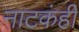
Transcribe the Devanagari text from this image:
नाटकंही